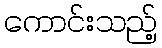
ကောင်းသည့်